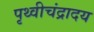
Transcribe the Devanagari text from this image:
पृथ्वीचंद्रादय